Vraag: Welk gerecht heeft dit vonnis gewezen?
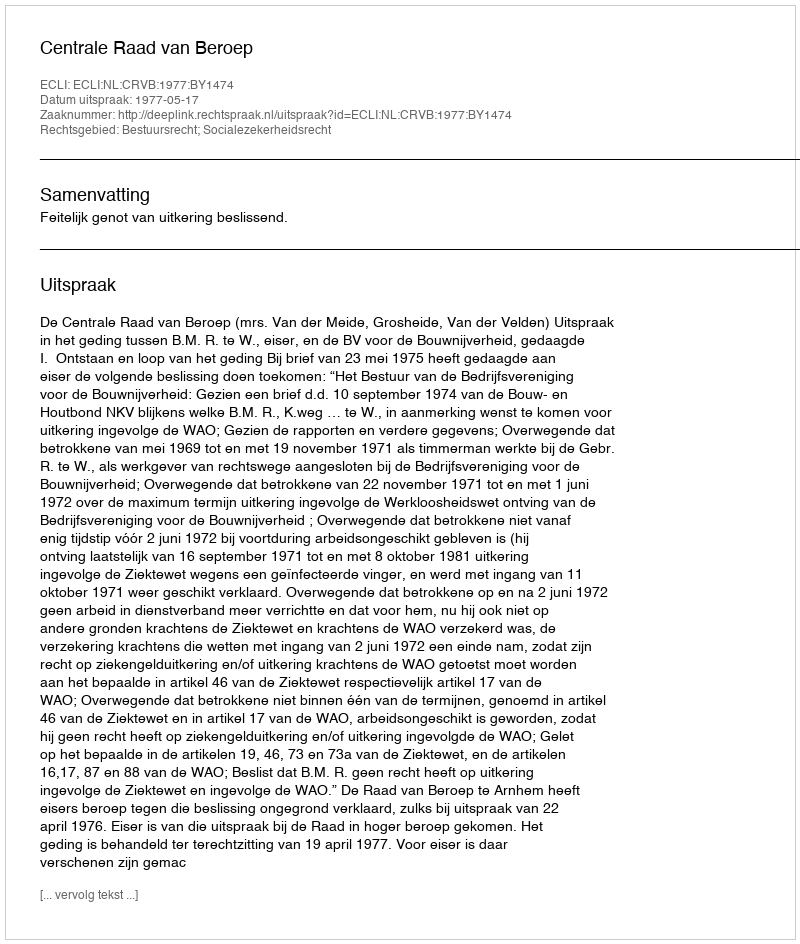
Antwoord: Centrale Raad van Beroep